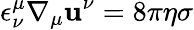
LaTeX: \epsilon_{\nu}^{\mu}\nabla_{\mu}\mathbf{u}^{\nu}=8\pi\eta\sigma